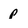
Character: p